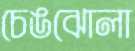
চেঙঝোলা